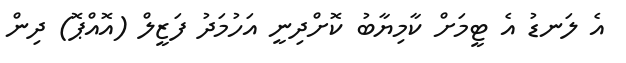
އެ ލަނޑު އެ ޓީމަށް ކާމިޔާބު ކޮށްދިނީ އަހުމަދު ފަޒީލް (އޮއްޕޮ) ދިން